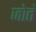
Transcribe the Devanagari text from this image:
जोतं